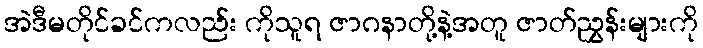
အဲဒီမတိုင်ခင်ကလည်း ကိုသူရ ဇာဂနာတို့နဲ့အတူ ဇာတ်ညွှန်းများကို